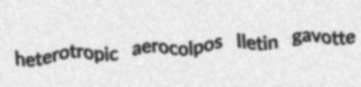
heterotropic aerocolpos Iletin gavotte